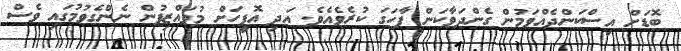
ބޮޑަށް އިސްކަންދެއްވަމުން ގެންދަވާކަން ފާހަގަ ކުރެވެއެވެ. އަދި އޮފީހަށް މުވައްޒިފުން ނެންގެވުމުގައި ވެސް